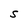
Character: S